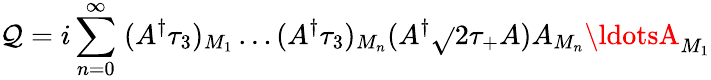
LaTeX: \mathcal{Q}=i\sum_{n=0}^{\infty}\; (A^{\dagger}\tau_{3})_{M_{1}}\ldots(A^{\dagger}\tau_{3})_{M_{n}}(A^{\dagger}{\sqrt{}{2}}\tau_{+}A)A_{M_{n}}\ldotsA_{M_{1}}